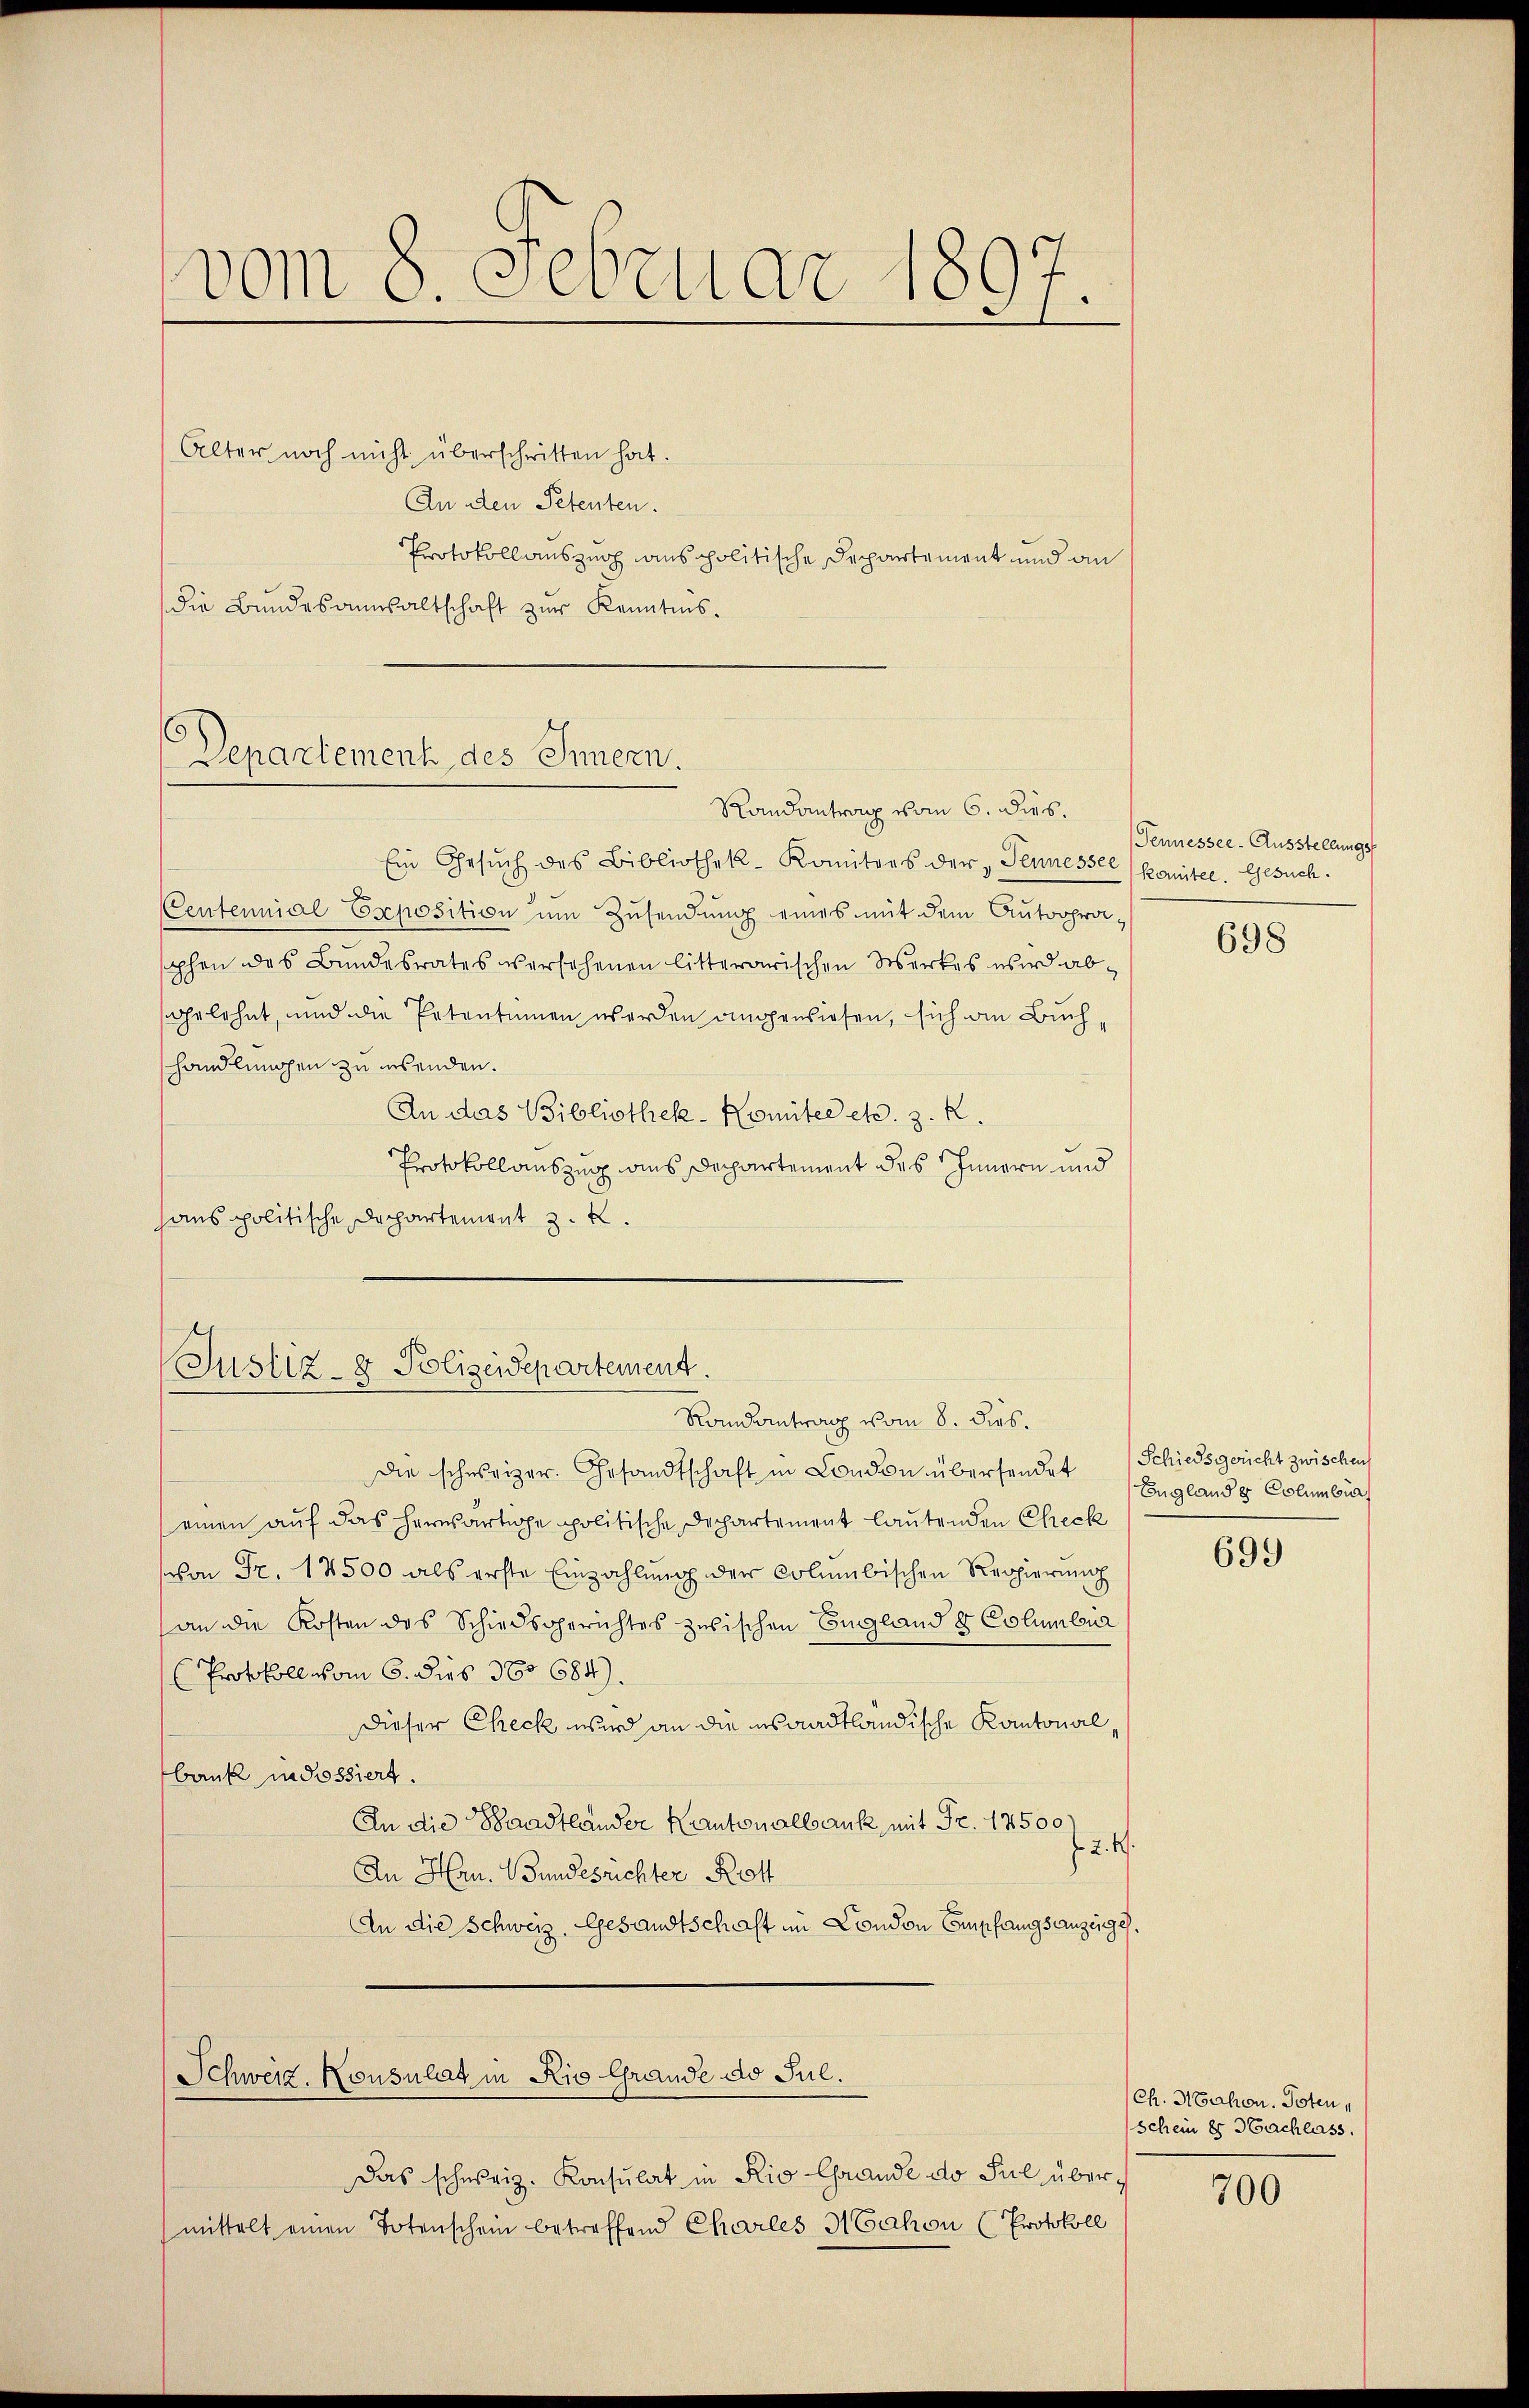
vom 8. Februar 1897.

Alter noch nicht überschritten hat.
An den Petenten.
Protokollauszeich aus politische Departement und an
die Bundesanwaltschaft zur Kenntnis.

Departement des Innern.
Randantrag vom 6. dies.

Ein Gesŭch des Bibliothek-Komitees der „Pennessel komitee. Gesuch.
Centennial Exposition um Zusendung eines mit dem Autogra
phen des Bundesrates versehenen litterarischen Werkes wird abgelehnt, und die Petentimen werden angewiesen, sich am Buchhandlunschen zu insenden.
An das Bibliothek-Komitee etc. z. R.
Protokollauszug aus Departement des Innern und
hans politische Dechartement z. B.

Justiz- & Polizeidepartement.
Randantrag vom 8. dies.

die schweizer. Gesandtschaft in London übersendet
einen auf das herwärtige politische Dechartement lautenden Check
schon Fr. 12500 als erste Einzahlung der Columbischen Regierung
an die Kosten des Schiedsgerichtes zwischen England & Columbena
Protokoll vom 6. dies 380 684).
Dieser Check wird an die es aadtländische Kantonalbank in Possiert.
An die Baadtländer Kantonalbank mit Fr. 12500
f. 2. 4.
An Hrn. Bundesrichter Krott
An die Schweiz. Gesandtschaft in London Empfangsanzeige,
Schweiz. Konsulat in Rio Grande d. Jul.
Das schweiz. Konsulat in Rio Grande do sul übermittelt einen Totenschein betreffend Charles Nahen (Protokoll

Tennessee-Ausstellungs-

698

Schiedsgericht zwischen
England & Columbia

699

Ch. Nahen. Toten,
schein es Nachlass

700